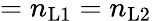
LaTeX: =n_{\mathrm{L1}}=n_{\mathrm{L2}}